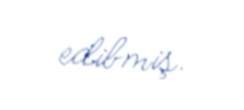
edibmiş.